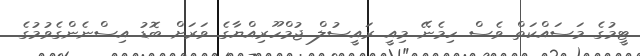
ޓީމުގެ މަސައްކަތް ވެސް ހިމެނޭ މިއީ ރައީސުލް ޖުމްހޫރިއްޔާގެ ވަރަށް ބޮޑު އިސްނެންގެވުމުގެ